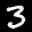
Label: 3